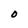
Character: 0